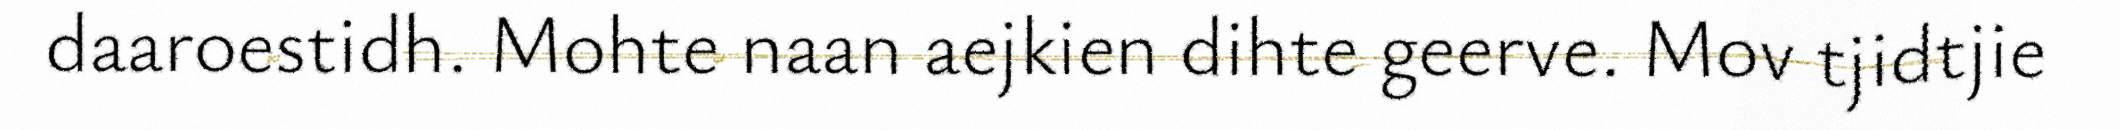
daaroestidh. Mohte naan aejkien dihte geerve. Mov tjidtjie